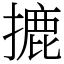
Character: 摝